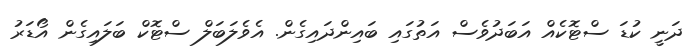
ދަނީ ކުޑަ ސްޓޮކެއް އަބަދުވެސް އަތުގައި ބައިންދައިގެން. އެވެލަބަލް ސްޓޮކް ބަލައިގެން އޯޑަރު